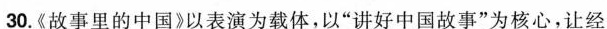
30.《故事里的中国》以表演为载体，以”讲好中国故事”为核心，让经